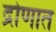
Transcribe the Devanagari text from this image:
द्रोणात